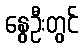
နွေဦးတွင်